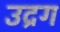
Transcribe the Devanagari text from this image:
उद्रग